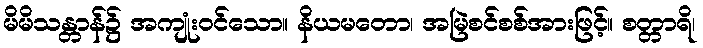
မိမိသန္တာန်၌ အကျုံးဝင်သော။ နိယမတော၊ အမြဲစင်စစ်အားဖြင့်။ စတ္တာရိ၊